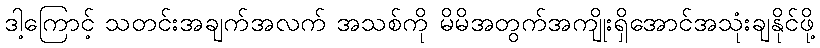
ဒါ့ကြောင့် သတင်းအချက်အလက် အသစ်ကို မိမိအတွက်အကျိုးရှိအောင်အသုံးချနိုင်ဖို့